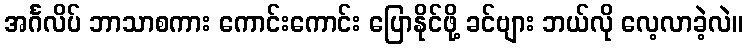
အင်္ဂလိပ် ဘာသာစကား ကောင်းကောင်း ပြောနိုင်ဖို့ ခင်ဗျား ဘယ်လို လေ့လာခဲ့လဲ။